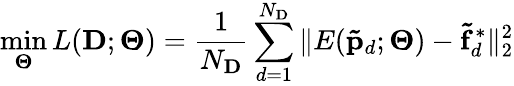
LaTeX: \operatorname*{min}_{\mathbf{\Theta}}L(\mathbf{D};\mathbf{\Theta})=\frac{1}{N_{\mathbf{D}}}\sum_{d=1}^{N_{\mathbf{D}}}\| E(\mathbf{\tilde{p}}_{d};\mathbf{\Theta})-\mathbf{\tilde{f}}_{d}^{*}\| _{2}^{2}